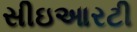
સીઇઆરટી